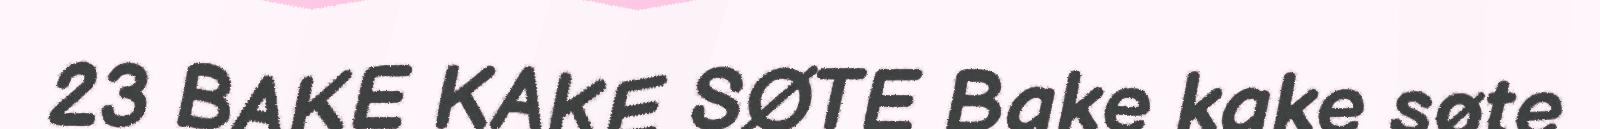
23 BAKE KAKE SØTE Bake kake søte